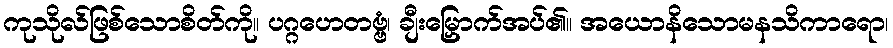
ကုသိုလ်ဖြစ်သောစိတ်ကို။ ပဂ္ဂဟေတဗ္ဗံ၊ ချီးမြှောက်အပ်၏။ အယောနိသောမနသိကာရော၊